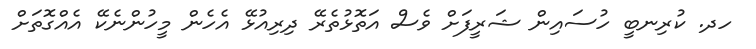
ހދ. ކުރިނބީ ހުސައިން ޝަރީފަށް ވެސް އަތޮޅުތެރޭ ދިރިއުޅޭ އެހެން މީހުންނެކޭ އެއްގޮތަށް